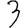
Digit: 3